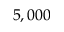
5 , 0 0 0